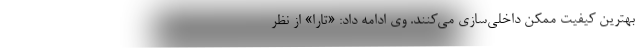
بهترین کیفیت ممکن داخلی‌سازی می‌کنند. وی ادامه داد: «تارا» از نظر